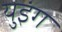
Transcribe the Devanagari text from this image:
युइंग